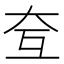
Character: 𡗨